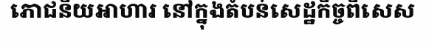
ភោជនីយអាហារ នៅក្នុងតំបន់សេដ្ឋកិច្ចពិសេស